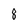
Character: 8